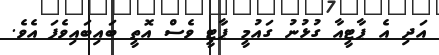
އަދި އެ ޕާޓީއާ ގުޅުނު ގައުމީ ޕާޓީ ވެސް އޮތީ ބައިބައިވެފަ އެވެ.